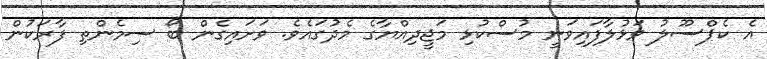
އެ ކެޕްސޫލު ވަޅުލާފައިވަނީ މުސްކުޅި މަޖީދިއްޔާގެ މެދުގައެވެ. ވަށައިގެން ބޯ ސިމެންތި ފާރަކުން